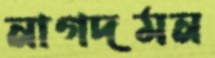
নাগদমন